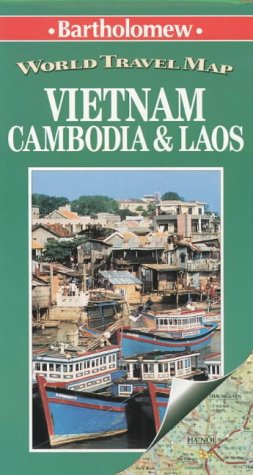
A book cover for Collins Vietnam/Cambodia/Laos (Collins World Travel Maps); Bartholomew; Travel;